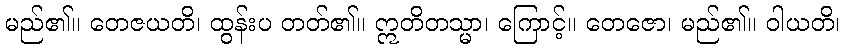
မည်၏။ တေဇယတိ၊ ထွန်းပ တတ်၏။ ဣတိတသ္မာ၊ ကြောင့်။ တေဇော၊ မည်၏။ ဝါယတိ၊